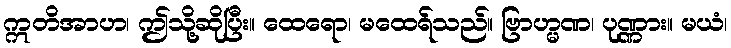
ဣတိအာဟ၊ ဤသို့ဆိုပြီး။ ထေရော၊ မထေရ်သည်။ ဗြာဟ္မဏ၊ ပုဏ္ဏား။ မယံ၊